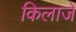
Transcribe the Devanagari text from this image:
किलाजे